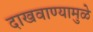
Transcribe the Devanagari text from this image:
दाखवाण्यामुळे